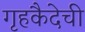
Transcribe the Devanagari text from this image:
गृहकैदेची